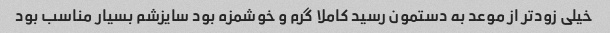
خیلی زودتر از موعد به دستمون رسید کاملا گرم و خوشمزه بود سایزشم بسیار مناسب بود